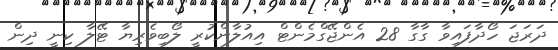
ދަރަޖަ ހޯދާފައިވާ ގާގާ 28 އެންޖޭގްމެންޓް އިއުލާންކުރީ ލޯބިވެރިޔާ ޓޭލާ ކިނީ ދިން